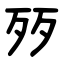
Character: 㱛